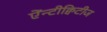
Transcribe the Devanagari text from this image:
ऐंन्टीक्विटीज